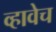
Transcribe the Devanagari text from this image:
व्हावेच